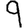
Digit: 9